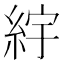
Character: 𬗒